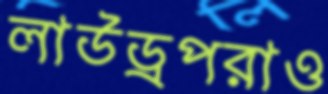
লাউড্রপরাও